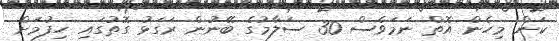
ކަން މިހެން އޮތް ނަމަވެސް 30 ސަލާމުގެ ބޭނުން ރަގަޅު ގޮތުގައި ހިފުމަށް